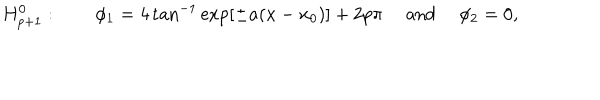
LaTeX: H _ { p + 1 } ^ { 0 } : \qquad \phi _ { 1 } = 4 \tan ^ { - 1 } \exp \left[ \pm a ( x - x _ { 0 } ) \right] + 2 p \pi \quad \mathrm { ~ a n d ~ } \quad \phi _ { 2 } = 0 ,